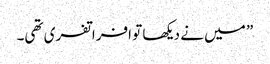
” میں نے دیکھا تو افراتفری تھی۔